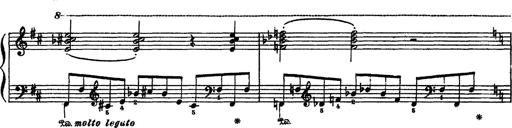
Title: Sarabande und Chaconne aus dem Singspiel
Composer: Franz Liszt